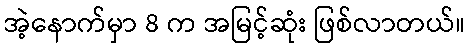
အဲ့နောက်မှာ 8 က အမြင့်ဆုံး ဖြစ်လာတယ်။